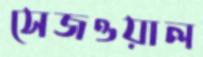
সেজওয়াল